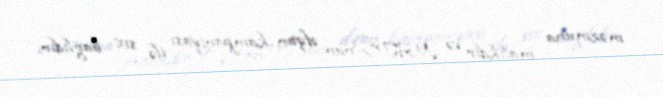
məzmuna malikdir və NATO-nun əfqan kampaniyası ilə sıx bağlıdır.